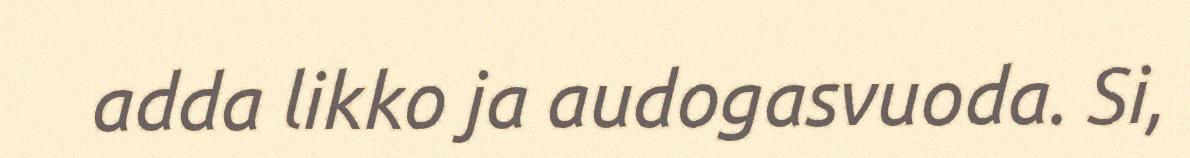
adda likko ja audogasvuoda. Si,